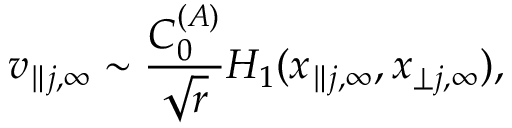
v _ { \parallel j , \infty } \sim \frac { C _ { 0 } ^ { ( A ) } } { \sqrt { r } } H _ { 1 } ( x _ { \parallel j , \infty } , x _ { \perp j , \infty } ) ,